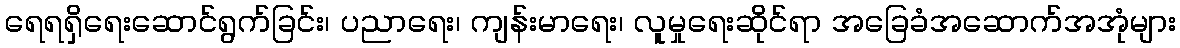
ရေရရှိရေးဆောင်ရွက်ခြင်း၊ ပညာရေး၊ ကျန်းမာရေး၊ လူမှုရေးဆိုင်ရာ အခြေခံအဆောက်အအုံများ